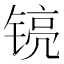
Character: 𮸘